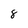
Character: 8